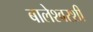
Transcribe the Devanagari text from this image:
बालेश्वरशी